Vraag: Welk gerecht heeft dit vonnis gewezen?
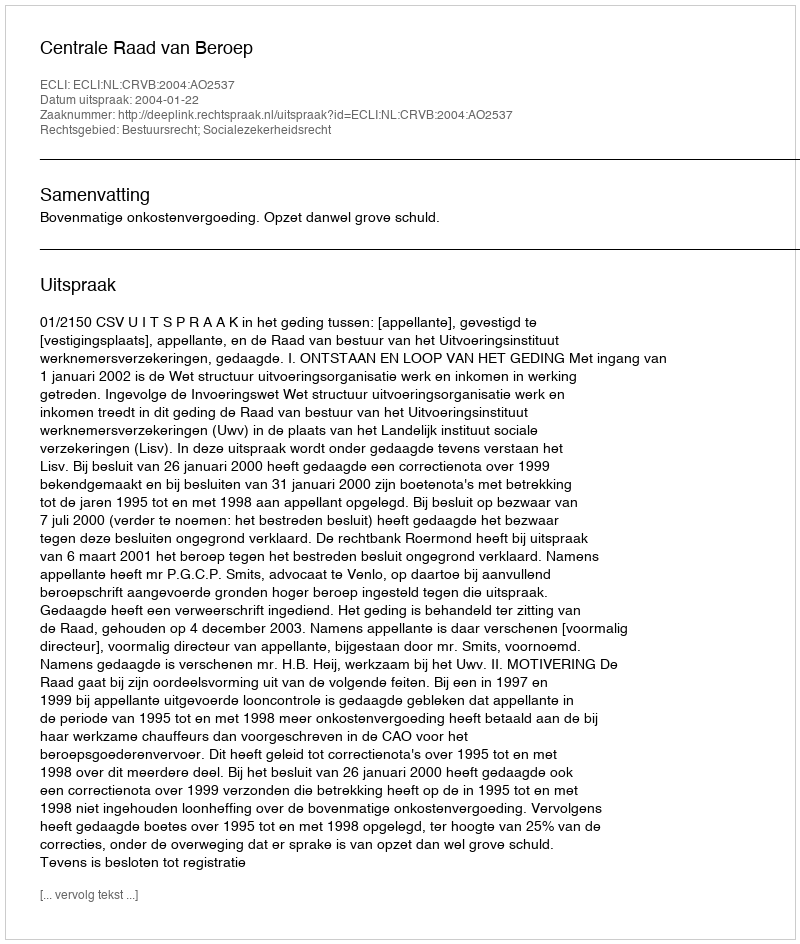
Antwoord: Centrale Raad van Beroep